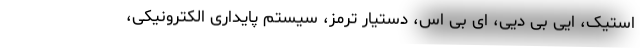
استیک، ایی بی دیی، ای بی اس، دستیار ترمز، سیستم پایداری الکترونیکی،